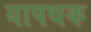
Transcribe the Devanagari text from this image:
यापथक